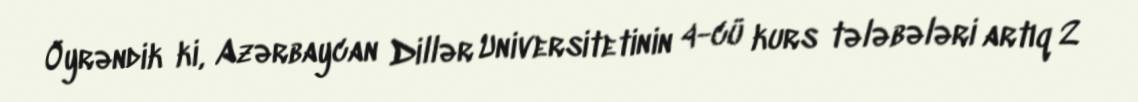
Öyrəndik ki, Azərbaycan Dillər Universitetinin 4-cü kurs tələbələri artıq 2